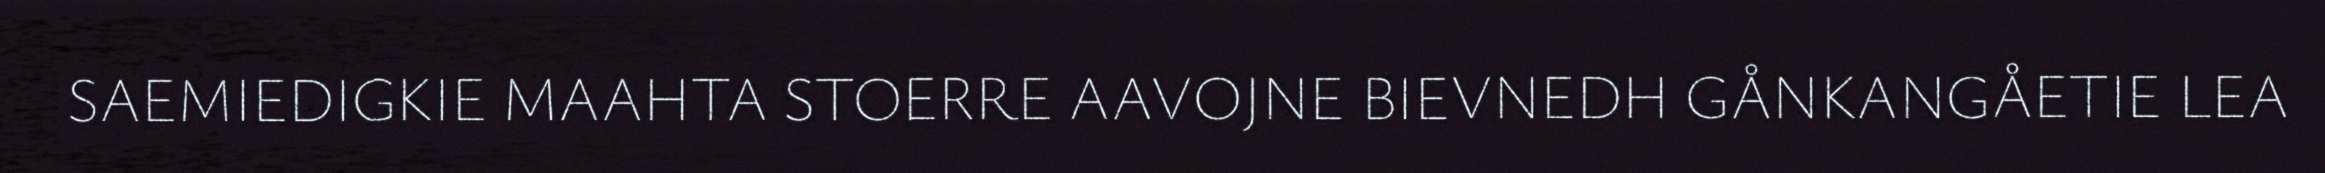
SAEMIEDIGKIE MAAHTA STOERRE AAVOJNE BIEVNEDH GÅNKANGÅETIE LEA